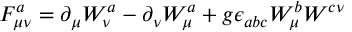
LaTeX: F _ { \mu \nu } ^ { a } = \partial _ { \mu } W _ { \nu } ^ { a } - \partial _ { \nu } W _ { \mu } ^ { a } + g \epsilon _ { a b c } W _ { \mu } ^ { b } W ^ { c \nu }